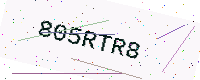
Text: 805RTR8